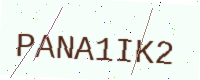
Text: PANA1IK2